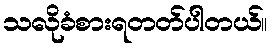
သလိုခံစားရတတ်ပါတယ်။